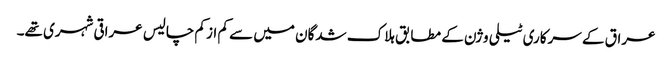
عراق کے سرکاری ٹیلی وژن کے مطابق ہلاک شدگان میں سے کم از کم چالیس عراقی شہری تھے۔